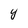
Character: y